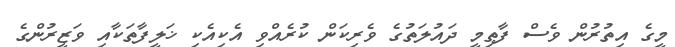
މީގެ އިތުރުން ވެސް ފާޠިމީ ދައުލަތުގެ ވެރިކަން ކުރެއްވި އެކިއެކި ޚަލީފާތަކާއި ވަޒީރުންގެ